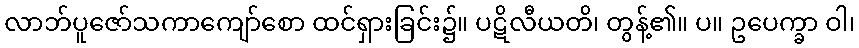
လာဘ်ပူဇော်သကာကျော်စော ထင်ရှားခြင်း၌။ ပဋိလီယတိ၊ တွန့်၏။ ပ။ ဥပေက္ခာ ဝါ၊